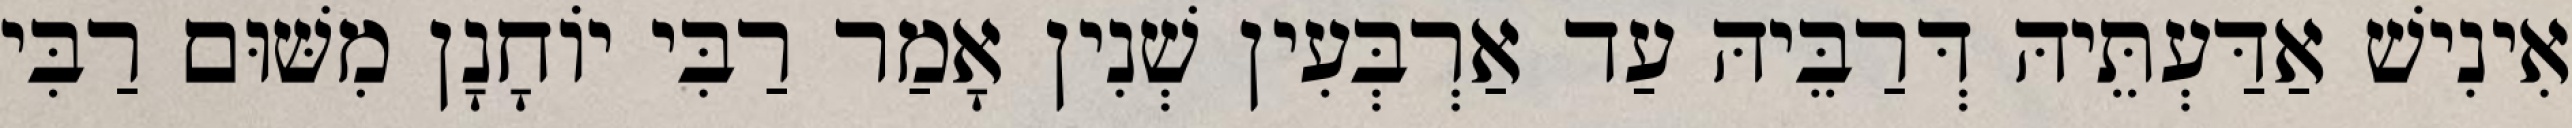
אִינִישׁ אַדַּעְתֵּיהּ דְּרַבֵּיהּ עַד אַרְבְּעִין שְׁנִין אָמַר רַבִּי יוֹחָנָן מִשּׁוּם רַבִּי